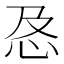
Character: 㤂